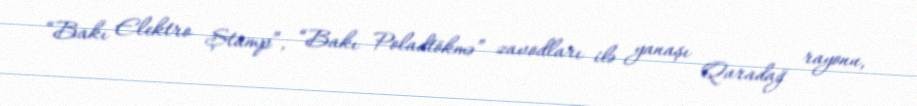
“Bakı Elektro Ştamp”, “Bakı Poladtökmə” zavodları ilə yanaşı Qaradağ rayonu,